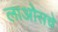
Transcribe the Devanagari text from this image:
लाओसचे